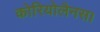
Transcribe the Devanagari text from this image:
कोरियोलैनस।